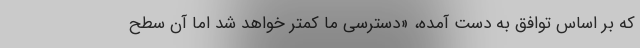
که بر اساس توافق به دست آمده، «دسترسی ما کمتر خواهد شد اما آن سطح